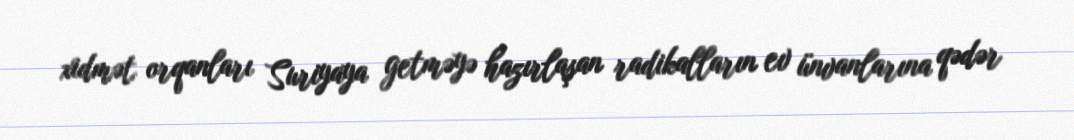
xidmət orqanları Suriyaya getməyə hazırlaşan radikalların ev ünvanlarına qədər